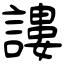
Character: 謱